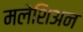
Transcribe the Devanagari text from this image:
मलेशिअन